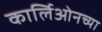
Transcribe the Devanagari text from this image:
कार्लिओनच्या